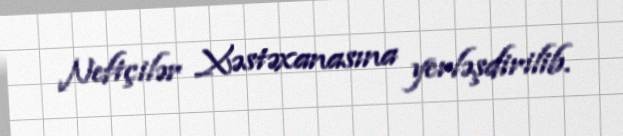
Neftçilər Xəstəxanasına yerləşdirilib.